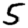
Digit: 5